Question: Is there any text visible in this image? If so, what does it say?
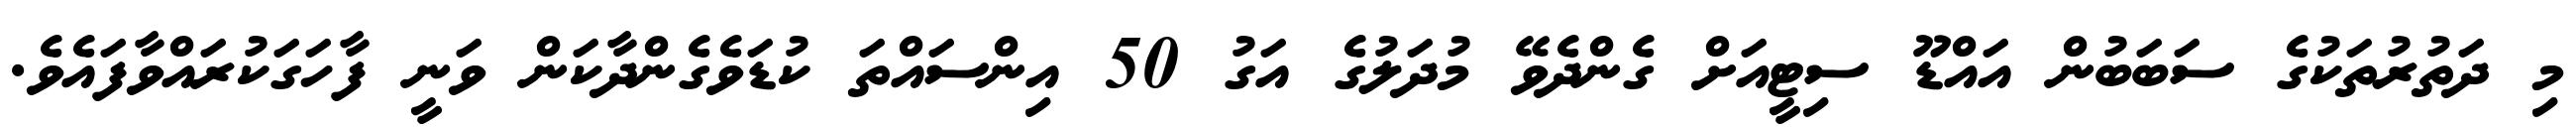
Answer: މި ދަތުރުތަކުގެ ސަބަބުން އައްޑޫ ސިޓީއަށް ގެންދެވޭ މުދަލުގެ އަގު 50 އިންސައްތަ ކުޑަވެގެންދާކަން ވަނީ ފާހަގަކުރައްވާފައެވެ.